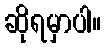
ဆိုရမှာပါ။